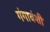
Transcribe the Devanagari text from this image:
गंगावंशी